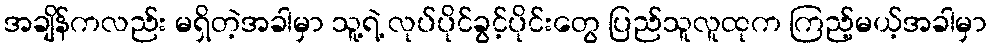
အချိန်ကလည်း မရှိတဲ့အခါမှာ သူ့ရဲ့ လုပ်ပိုင်ခွင့်ပိုင်းတွေ ပြည်သူလူထုက ကြည့်မယ့်အခါမှာ